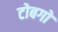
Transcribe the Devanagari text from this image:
टोबगो